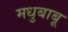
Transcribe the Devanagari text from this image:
मधुबाबू